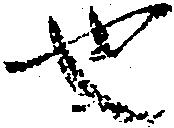
也